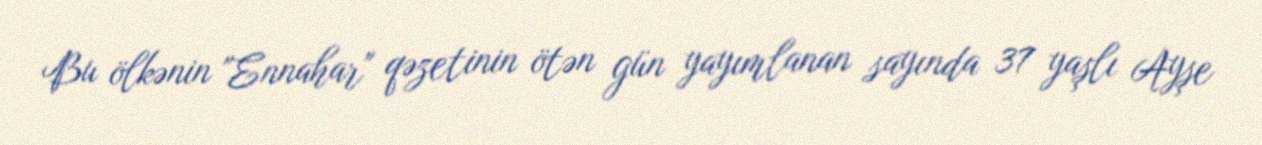
Bu ölkənin "Ennahar" qəzetinin ötən gün yayımlanan sayında 37 yaşlı Ayşe